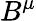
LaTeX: B^{\mu}